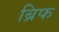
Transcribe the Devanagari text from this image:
ब्रिफ